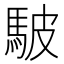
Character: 駊